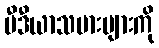
မီဒီယာသမားများကို